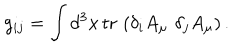
g _ { i j } = \int d ^ { 3 } x \, \mathrm { t r } \, \left( \delta _ { i } A _ { \mu } \, \, \delta _ { j } A _ { \mu } \right) .